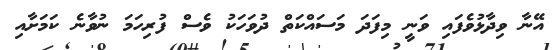
އޭނާ ވިދާޅުވެފައި ވަނީ މިފަދަ މަސައްކަތް ދުވަހަކު ވެސް ފުރިހަމަ ނުވާނެ ކަމަށާއި